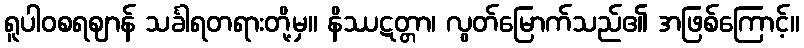
ရူပါဝစရဈာန် သင်္ခါရတရားတို့မှ။ နိဿဋတ္တာ၊ လွတ်မြောက်သည်၏ အဖြစ်ကြောင့်။